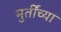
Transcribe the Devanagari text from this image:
मुर्तींच्या